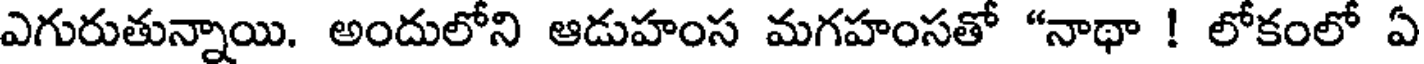
ఎగురుతున్నాయి. అందులోని ఆడుహంస మగహంసతో "నాథా ! లోకంలో ఏ